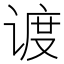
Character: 𬤏